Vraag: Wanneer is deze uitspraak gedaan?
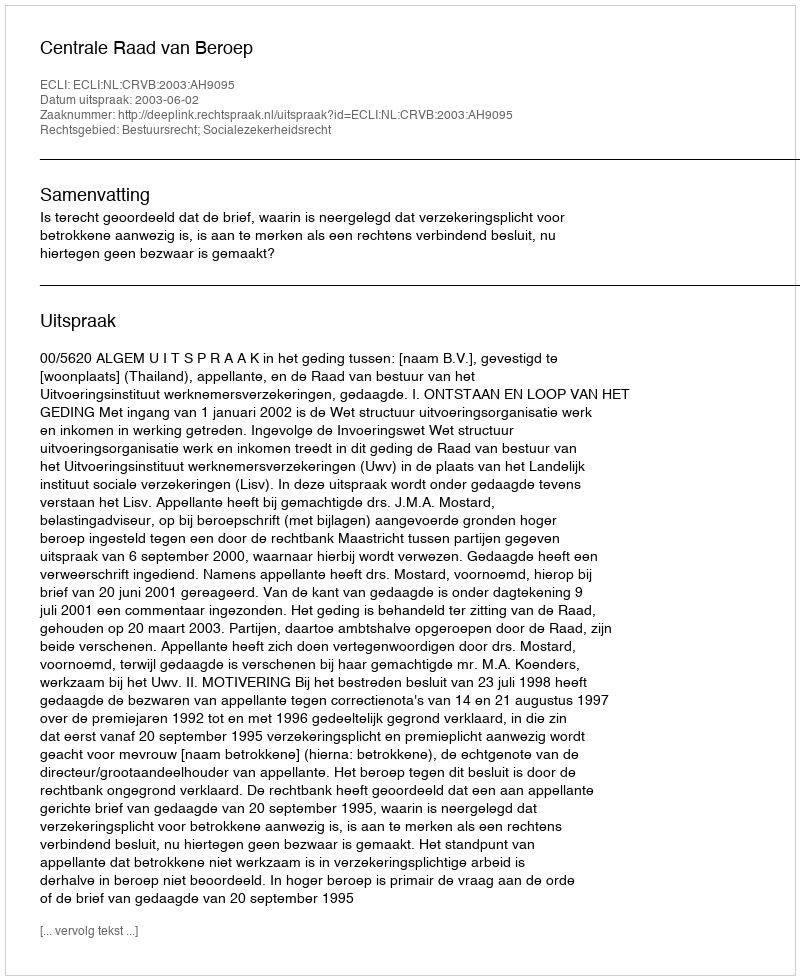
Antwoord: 2003-06-02